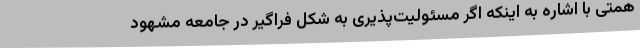
همتی با اشاره به اینکه اگر مسئولیت‌پذیری به شکل فراگیر در جامعه مشهود